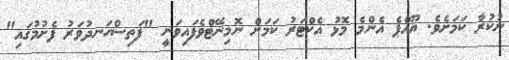
ނުކުރާ ކަމަށެވެ. ޔޫއްޕެ އެންމެ މޮޅު އެކްޓަރު ކަމަށް ނޮމިނޭޓްވެފައިވަނީ "ފަތިސްހަނދުވަރު ފެށުމުގައި"